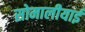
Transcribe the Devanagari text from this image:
सोमालीयाई